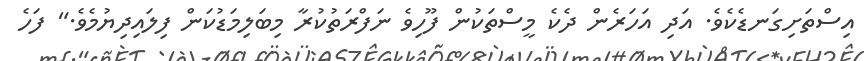
އިސްތަށިގަނޑެކެވެ. އަދި އަހަރެން ދެކެ މީސްތަކުން ފޫހިވެ ނަފްރަތުކުރާ މިބަލިމަޑުކަން ފިލައިދިޔުމެވެ." ފަހެ